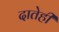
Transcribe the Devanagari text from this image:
दातेही